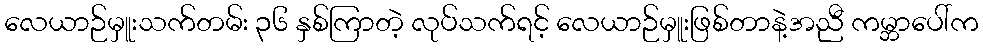
လေယာဉ်မှူးသက်တမ်း ၃၆ နှစ်ကြာတဲ့ လုပ်သက်ရင့် လေယာဉ်မှူးဖြစ်တာနဲ့အညီ ကမ္ဘာပေါ်က